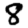
Digit: 8